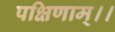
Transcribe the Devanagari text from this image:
पक्षिणाम्।।